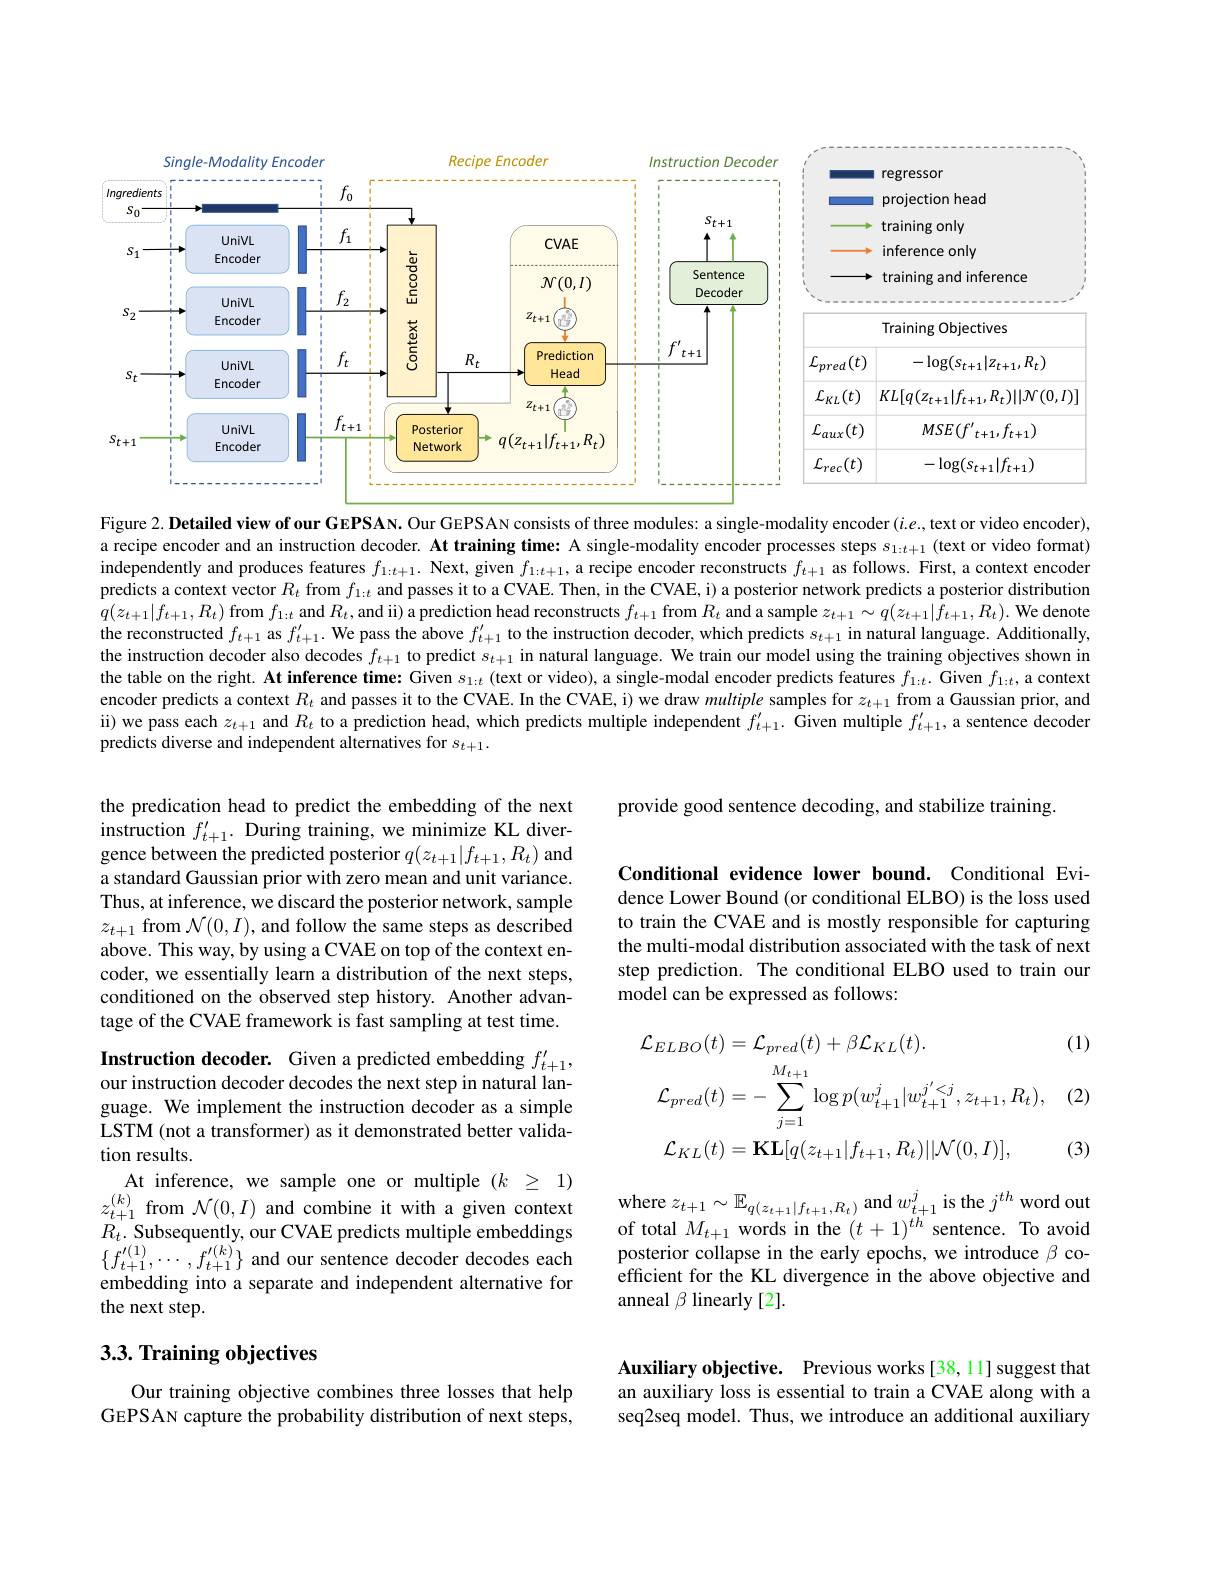
<FigureHere>

Figure 2. Detailed view of our GEPSAN. Our GEPSAN consists of three modules: a single-modality encoder $(i.e.$, text or video encoder), a recipe encoder and an instruction decoder. At training time: A single-modality encoder processes steps $s_{1:t+1}$ (text or video format) independently and produces features $f_{1:t+1}.$ Next, given $f_1:t+1$, a recipe encoder reconstructs $f_t+1$ as follows. First, a context encoder predicts a context vector $R_t$ from $f_1:t$ and passes it to a CVAE. Then, in the CVAE, i) a posterior network predicts a posterior distribution $q(z_{t+1}|f_{t+1},R_{t})$ from $f_1:t$ and $R_t$,and ii) a prediction head reconstructs $f_t+1$ from $R_t$ and a sample $z_t+1\sim q(z_{t+1}|f_{t+1},R_{t}).$ We denote the reconstructed $f_t+1$ as $f_t+1^{\prime}.$ We pass the above $f_t+1^{\prime}$ to the instruction decoder, which predicts $s_t+1$ in natural language. Additionally, the instruction decoder also decodes $f_{t+1}$ to predict $s_t+1$ in natural language. We train our model using the training objectives shown in the table on the right. At inference time: Given $s_{1:t}$ (text or video), a single-modal encoder predicts features $f_{1:t}.$ Given $f_{1:t}$, a context encoder predicts a context $R_{t}$ and passes it to the CVAE. In the CVAE, i) we draw multiple samples for $z_{t+1}$ from a Gaussian prior, and ii) we pass each $z_t+1$ and $R_t$ to a prediction head, which predicts multiple independent $f_t+1^{\prime}.$ Given multiple $f_t+1^{\prime}$, a sentence decoder predicts diverse and independent alternatives for $s_{t+1}.$

provide good sentence decoding, and stabilize training.

the predication head to predict the embedding of the next $\begin{array}{l}\text{instruction }f_{t+1}^{\prime}.&\text{During training,we minimize KL diver-}\\\text{gence between the predicted posterior }q(z_{t+1}|f_{t+1},R_{t})\mathrm{~and}\end{array}$ a standard Gaussian prior with zero mean and unit variance. Thus, at inference, we discard the posterior network, sample $z_{t+1}$ from $\mathcal{N}(0,I)$, and follow the same steps as described above. This way, by using a CVAE on top of the context encoder, we essentially learn a distribution of the next steps, conditioned on the observed step history. Another advantage of the CVAE framework is fast sampling at test time.

Conditional evidence lower bound. Conditional Evidence Lower Bound (or conditional ELBO) is the loss used to train the CVAE and is mostly responsible for capturing the multi-modal distribution associated with the task of next step prediction. The conditional ELBO used to train our model can be expressed as follows:

(1)
$$\begin{aligned}&\mathcal{L}_{ELBO}(t)=\mathcal{L}_{pred}(t)+\beta\mathcal{L}_{KL}(t).\\&\mathcal{L}_{pred}(t)=-\sum_{j=1}^{M_{t+1}}\log p(w_{t+1}^{j}|w_{t+1}^{j^{\prime}<j},z_{t+1},R_{t}),\\&\mathcal{L}_{KL}(t)=\mathbf{KL}[q(z_{t+1}|f_{t+1},R_{t})||\mathcal{N}(0,I)],\end{aligned}$$
(2)

(3)

At inference, we sample one or multiple $(k_{2}\geq1)$ $z_{t+1}^{(k)}$ from $\mathcal{N}(0,I)$ and combine it with a given context

Instruction decoder. Given a predicted embedding $f_{t+1}^{\prime}$, our instruction decoder decodes the next step in natural language. We implement the instruction decoder as a simple LSTM (not a transformer) as it demonstrated better validation results.
$R_{t}.$Subsequently, our CVAE predicts multiple embeddingsof total $M_{t+ 1}$ words in the $( t+ 1) ^{tn}$ sentence. To avoid $\{ f_{t+ 1}^{\prime ( 1) }, \cdots , f_{t+ 1}^{\prime ( k) }\}$ and our sentence decoder decodes eachposterior collapse in the early epochs, we introdu
embedding into a separate and independent alternative for
the next step.

where $z_{t+ 1}\sim \mathbb{E} _{q( z_{t+ 1}| f_{t+ 1}, R_{t}) }$ and $w_{t+1}^{j}$ is the $j^{th}$ word out of total $M_{t+1}$ words in the $(t+1)^{th}$ sentence. To avoid anneal $\beta$ linearly [2].

## $3. 3. \textbf{Training objectives}$

Auxiliary objective. Previous works[38,11] suggest that an auxiliary loss is essential to train a CVAE along with a seq2seq model. Thus, we introduce an additional auxiliary

Our training objective combines three losses that help GEPSAN capture the probability distribution of next steps,